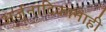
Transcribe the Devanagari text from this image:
अर्जुनादिकानाही